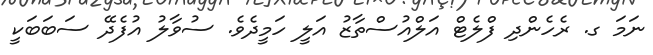
ނަމަ ގ. ރެހެންދި ފްލެޓް އަލްއުސްތާޒު އަލީ ހަމީދެވެ. ސުވާލު އުފެދޭ ސަބަބަކީ